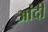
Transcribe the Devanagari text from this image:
आंदी